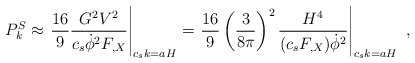
\begin{align*}P_k^S \approx \left. \frac{16}{9} \frac{G^2 V^2}{c_s \dot{\phi}^2 F_{,X}} \right|_{c_s k = a H}= \left. \frac{16}{9} \left( \frac{3}{8 \pi} \right)^2\frac{H^4}{(c_s F_{,X}) \dot{\phi}^2} \right|_{c_s k = a H}~,\end{align*}